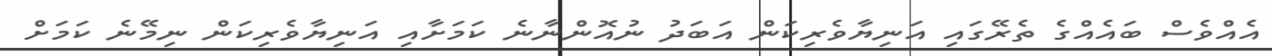
އެއްވެސް ބައެއްގެ ތެރޭގައި އަނިޔާވެރިކަން އަބަދު ނުއޮންނާނެ ކަމަށާއި އަނިޔާވެރިކަން ނިމޭނެ ކަމަށް